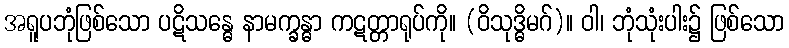
အရူပဘုံဖြစ်သော ပဋိသန္ဓေ နာမက္ခန္ဓာ ကဋတ္တာရုပ်ကို။ (ဝိသုဒ္ဓိမဂ်)။ ဝါ၊ ဘုံသုံးပါး၌ ဖြစ်သော